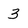
Character: 3